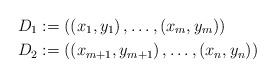
LaTeX: \begin{align*}D_1 & := \left( \left( x_1, y_1 \right), \ldots, \left( x_m, y_m \right) \right) \\D_2 & := \left( \left( x_{m+1}, y_{m+1} \right), \ldots, \left( x_n, y_n \right) \right)\end{align*}